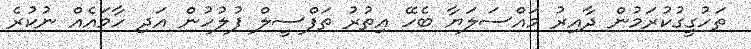
ތަހުގީގުކުރަމުން ދާއިރު މައްސަލަޔާ ބެހޭ އިތުރު ތަފްސީލް ފުލުހުން އަދި ހާމައެއް ނުކުރެ